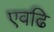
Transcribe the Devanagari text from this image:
एवढि